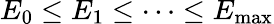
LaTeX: E_{0}\le E_{1}\le\cdots\le E_{\mathrm{max}}